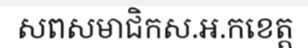
សពសមាជិកស.អ.កខេត្ត